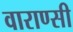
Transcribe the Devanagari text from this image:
वाराण्सी